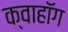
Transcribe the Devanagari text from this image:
क्वाहॉग